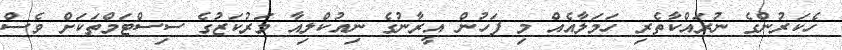
ހެކަރުންގެ ނުރައްކާތެރި ހަމަލާއެއް މި ފަހުން އީރާނުގެ ނިއުކްލިއާ މަރުކަޒުގެ ސިސްޓަމްތަކަށް ވެސް